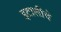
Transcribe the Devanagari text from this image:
इटालीचे